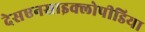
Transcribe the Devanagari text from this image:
देसएनसाइक्लोपीडिया